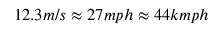
1 2 . 3 m / s \approx 2 7 m p h \approx 4 4 k m p h